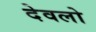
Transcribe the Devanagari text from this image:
देवलो